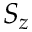
S _ { z }